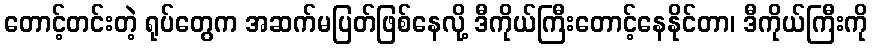
တောင့်တင်းတဲ့ ရုပ်တွေက အဆက်မပြတ်ဖြစ်နေလို့ ဒီကိုယ်ကြီးတောင့်နေနိုင်တာ၊ ဒီကိုယ်ကြီးကို